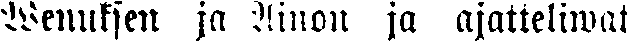
Wenuksen ja Ainon ja ajatteliwat